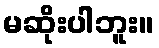
မဆိုးပါဘူး။